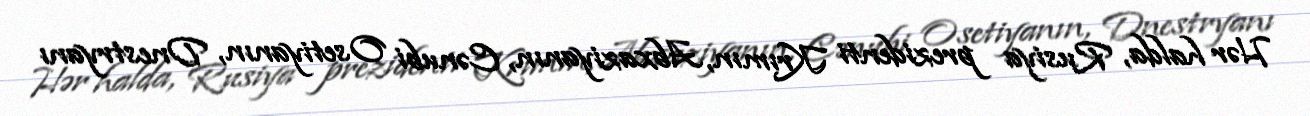
Hər halda, Rusiya prezidenti Krımın, Abxaziyanın, Cənubi Osetiyanın, Dnestryanı